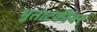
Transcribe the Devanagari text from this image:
भुताटकीवर